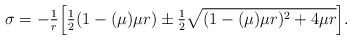
LaTeX: \begin{align*}\sigma = - \tfrac{1}{r}\Bigl[\tfrac{1}{2}({1-(\mu)\mu r}) \pm \tfrac{1}{2}\sqrt{(1-(\mu)\mu r)^2 + 4\mu r}\Bigr].\end{align*}